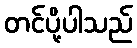
တင်ပို့ပါသည်